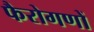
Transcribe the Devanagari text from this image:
फैरोगणों